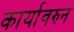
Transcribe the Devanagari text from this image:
कार्यावरुन